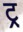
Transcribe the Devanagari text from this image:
ट्र्